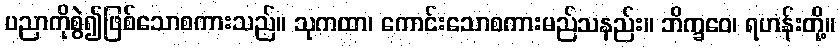
ပညာကိုစွဲ၍ဖြစ်သောစကားသည်။ သုကထာ၊ ကောင်းသောစကားမည်သနည်း။ ဘိက္ခဝေ၊ ရဟန်းတို့။